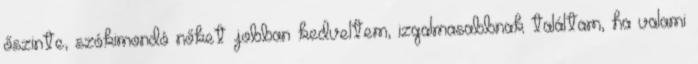
őszinte, szókimondó nőket jobban kedveltem, izgalmasabbnak találtam, ha valami